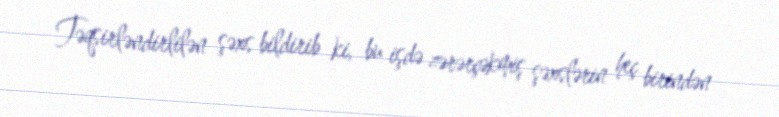
Təqsirləndirlilən şəxs bildirib ki, bu işdə zərərçəkmiş şəxslərin heç birindən